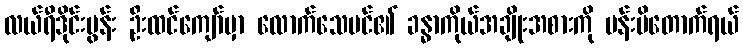
လယ်ရီဒိုင်းမွန်း ဦးထင်ကျော်မှာ လောက်သေပင်၏ ခန္ဓာကိုယ်အချိုးအစားကို ပန်းပိတောက်ရယ်